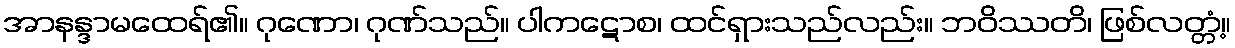
အာနန္ဒာမထေရ်၏။ ဂုဏော၊ ဂုဏ်သည်။ ပါကဋောစ၊ ထင်ရှားသည်လည်း။ ဘဝိဿတိ၊ ဖြစ်လတ္တံ့။